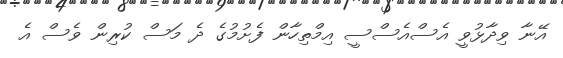
އޭނާ ވިދާޅުވީ އެސްއެސްސީ އިމްތިހާން ފެށުމުގެ ދެ މަސް ކުރިން ވެސް އެ